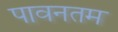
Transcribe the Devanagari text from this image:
पावनतम